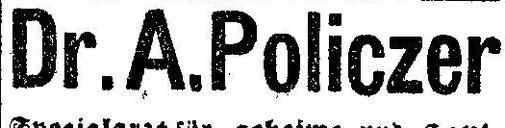
Dr. A. Policzer